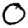
Digit: 0